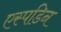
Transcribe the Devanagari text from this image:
एस्पडिन